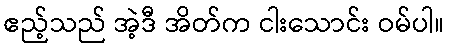
ဧည့်သည် အဲ့ဒီ အိတ်က ငါးသောင်း ဝမ်ပါ။